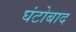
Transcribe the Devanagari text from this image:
घंटोबाद